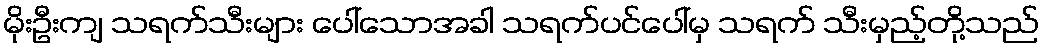
မိုးဦးကျ သရက်သီးများ ပေါ်သောအခါ သရက်ပင်ပေါ်မှ သရက် သီးမှည့်တို့သည်